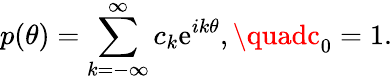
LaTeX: p(\theta)=\sum_{k=-\infty}^{\infty}c_{k}\mathrm{e}^{ik\theta},\quadc_{0}=1.